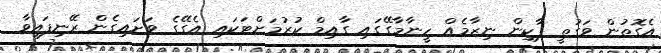
އެގޮތުން ވަގުތީ ޕާކިން ނިޒާމެއް ހީނާމާގޭގައި ގާއިމް ކުރުމަށްޓަކައި އެގޭގެ ވަށައިގެން ރޭނިފައިވާ